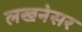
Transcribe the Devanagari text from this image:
लखनेसर